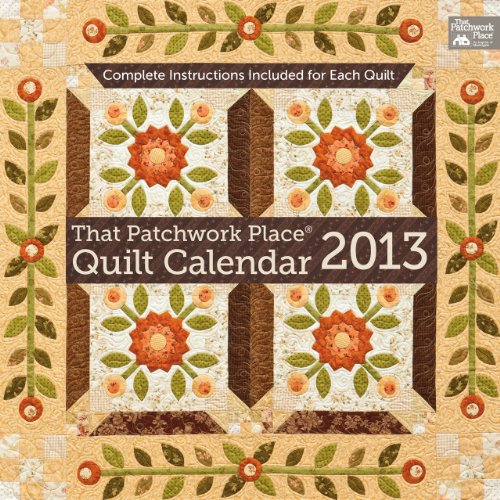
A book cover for That Patchwork Place Quilt 2013 Calendar; That Patchwork Place; Calendars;